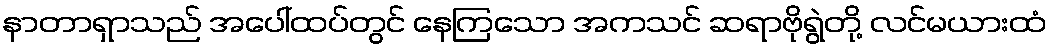
နာတာရှာသည် အပေါ်ထပ်တွင် နေကြသော အကသင် ဆရာဗိုရွဲတို့ လင်မယားထံ